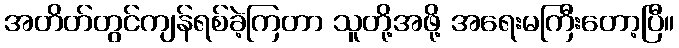
အတိတ်တွင်ကျန်ရစ်ခဲ့ကြတာ သူတို့အဖို့ အရေးမကြီးတော့ပြီ။